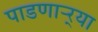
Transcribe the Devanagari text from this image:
पाडणाऱ्र्‍या